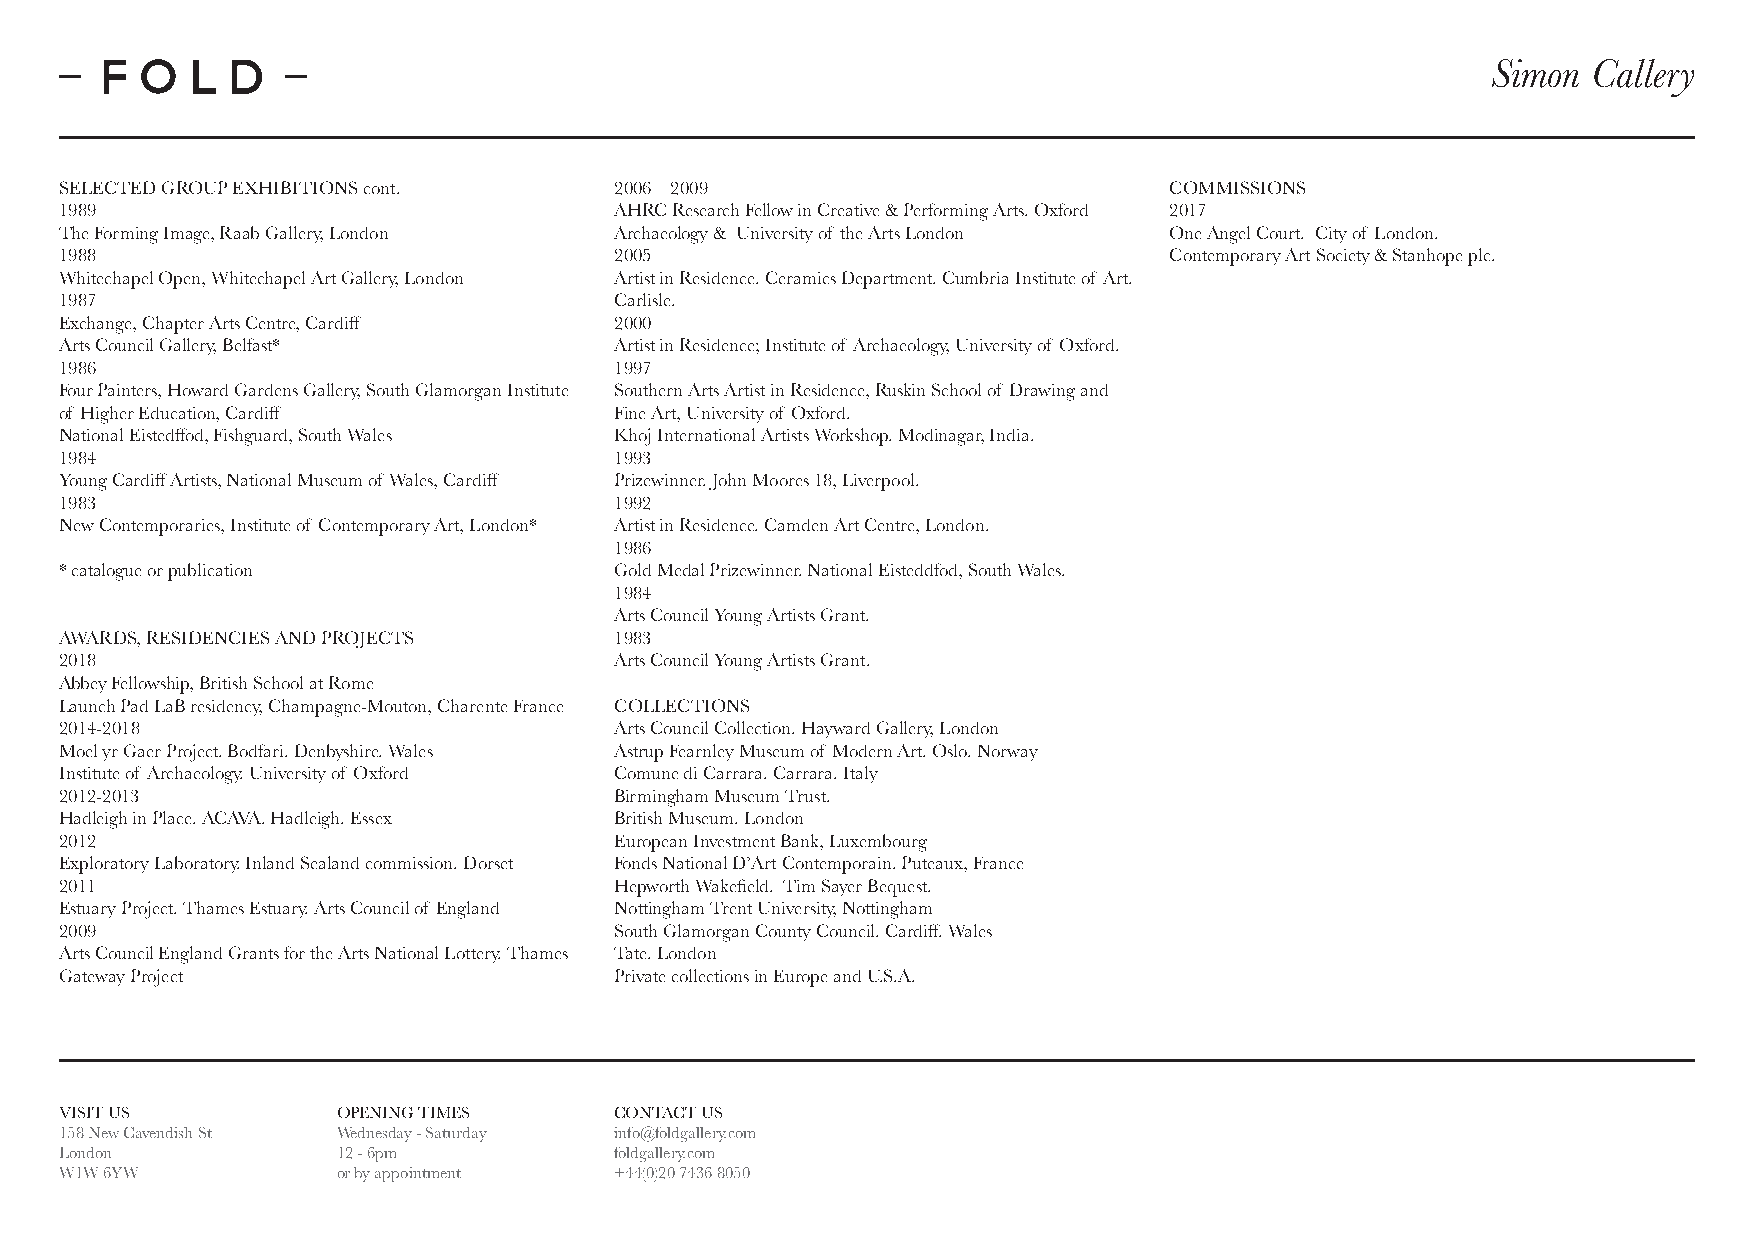
Simon Callery
 SELECTED GROUP EXHIBITIONS cont.     2006 – 2009                         COMMISSIONS
 1989                                 AHRC Research Fellow in Creative & Performing Arts. Oxford 2017
 The Forming Image, Raab Gallery, London Archaeology & University of the Arts London One Angel Court. City of London.
 1988                                 2005                                Contemporary Art Society & Stanhope plc.
 Whitechapel Open, Whitechapel Art Gallery, London Artist in Residence. Ceramics Department. Cumbria Institute of Art.
 1987                                 Carlisle.
 Exchange, Chapter Arts Centre, Cardiff 2000
 Arts Council Gallery, Belfast*       Artist in Residence; Institute of Archaeology, University of Oxford.
 1986                                 1997
 Four Painters, Howard Gardens Gallery, South Glamorgan Institute Southern Arts Artist in Residence, Ruskin School of Drawing and
 of Higher Education, Cardiff         Fine Art, University of Oxford.
 National Eistedffod, Fishguard, South Wales Khoj International Artists Workshop. Modinagar, India.
 1984                                 1993
 Young Cardiff Artists, National Museum of Wales, Cardiff Prizewinner. John Moores 18, Liverpool.
 1983                                 1992
 New Contemporaries, Institute of Contemporary Art, London* Artist in Residence. Camden Art Centre, London.
 1986
 * catalogue or publication           Gold Medal Prizewinner. National Eisteddfod, South Wales.
 1984
 Arts Council Young Artists Grant.
 AWARDS, RESIDENCIES AND PROJECTS     1983
 2018                                 Arts Council Young Artists Grant.
 Abbey Fellowship, British School at Rome
 Launch Pad LaB residency, Champagne-Mouton, Charente France COLLECTIONS
 2014-2018                            Arts Council Collection. Hayward Gallery, London
 Moel yr Gaer Project. Bodfari. Denbyshire. Wales Astrup Fearnley Museum of Modern Art. Oslo. Norway
 Institute of Archaeology. University of Oxford Comune di Carrara. Carrara. Italy
 2012-2013                            Birmingham Museum Trust.
 Hadleigh in Place. ACAVA. Hadleigh. Essex British Museum. London
 2012                                 European Investment Bank, Luxembourg
 Exploratory Laboratory. Inland Sealand commission. Dorset Fonds National D’Art Contemporain. Puteaux, France
 2011                                 Hepworth Wakefield. Tim Sayer Bequest.
 Estuary Project. Thames Estuary. Arts Council of England Nottingham Trent University, Nottingham
 2009                                 South Glamorgan County Council. Cardiff. Wales
 Arts Council England Grants for the Arts National Lottery. Thames Tate. London
 Gateway Project                      Private collections in Europe and U.S.A.
 VISIT US          OPENING TIMES      CONTACT US
 158 New Cavendish St Wednesday - Saturday info@foldgallery.com
 London            12 - 6pm           foldgallery.com
 W1W 6YW           or by appointment  +44(0)20 7436 8050